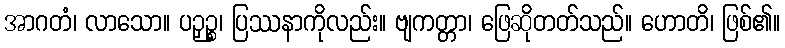
အာဂတံ၊ လာသော။ ပဉှဉ္စ၊ ပြဿနာကိုလည်း။ ဗျကတ္တာ၊ ဖြေဆိုတတ်သည်။ ဟောတိ၊ ဖြစ်၏။